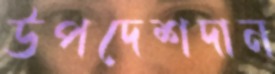
উপদেশদান